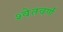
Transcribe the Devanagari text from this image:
श्वेतवर्णं